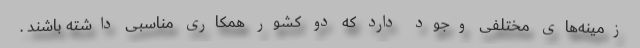
زمینه‌های مختلفی وجود دارد که دو کشور همکاری مناسبی داشته باشند .